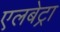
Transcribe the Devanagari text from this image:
एलबेट्रा